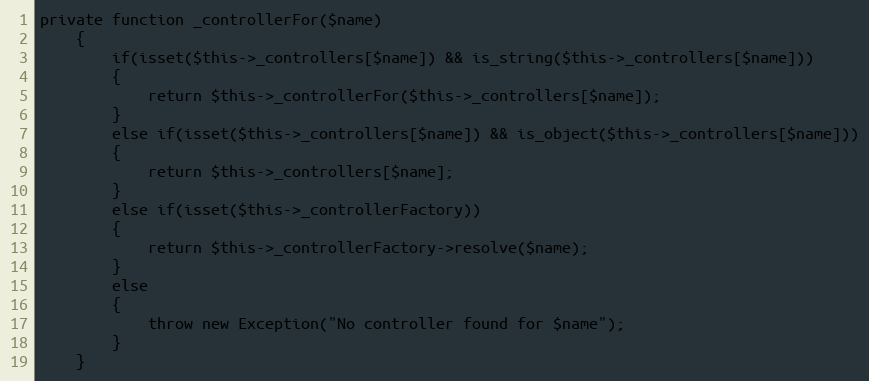
Language: PHP
private function _controllerFor($name)
	{
		if(isset($this->_controllers[$name]) && is_string($this->_controllers[$name]))
		{
			return $this->_controllerFor($this->_controllers[$name]);
		}
		else if(isset($this->_controllers[$name]) && is_object($this->_controllers[$name]))
		{
			return $this->_controllers[$name];
		}
		else if(isset($this->_controllerFactory))
		{
			return $this->_controllerFactory->resolve($name);
		}
		else
		{
			throw new Exception("No controller found for $name");
		}
	}